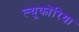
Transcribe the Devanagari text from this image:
ल्यूकोरिया